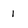
Character: 1